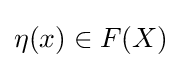
\eta (x)\in F(X)